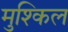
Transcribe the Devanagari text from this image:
मुश्‍किल